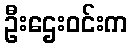
ဦးဌေးဝင်းက